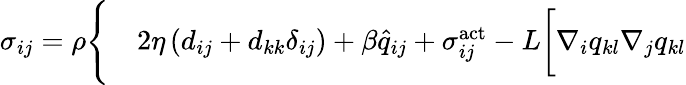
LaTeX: \begin{array}{rl}{{\sigma}_{ij}=\rho\Bigg\{ }&{{}2\eta\left(d_{ij}+d_{kk}\delta_{ij}\right)+\beta\hat{{q}}_{ij}+{\sigma}_{ij}^{\mathrm{act}}-L\bigg[\nabla_{i}q_{kl}\nabla_{j}q_{kl}}\end{array}